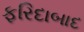
ફરિદાબાદ